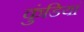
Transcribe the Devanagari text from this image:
कुंडियां